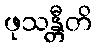
ဖုသန္တီတိ